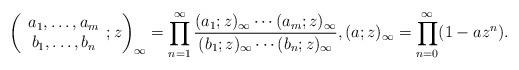
LaTeX: \begin{align*} \left( \begin{array}{c} a_{1} ,\ldots, a_{m} \\ b_{1}, \ldots, b_{n} \end{array} ; z \right)_{\infty} = \prod_{n=1}^{\infty} \frac{(a_{1}; z)_{\infty} \cdots (a_{m}; z)_{\infty}}{(b_{1}; z)_{\infty} \cdots (b_{n}; z)_{\infty}}, (a; z)_{\infty} = \prod_{n=0}^{\infty} (1 - az^{n}).\end{align*}